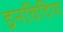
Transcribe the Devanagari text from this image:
इनविदिया